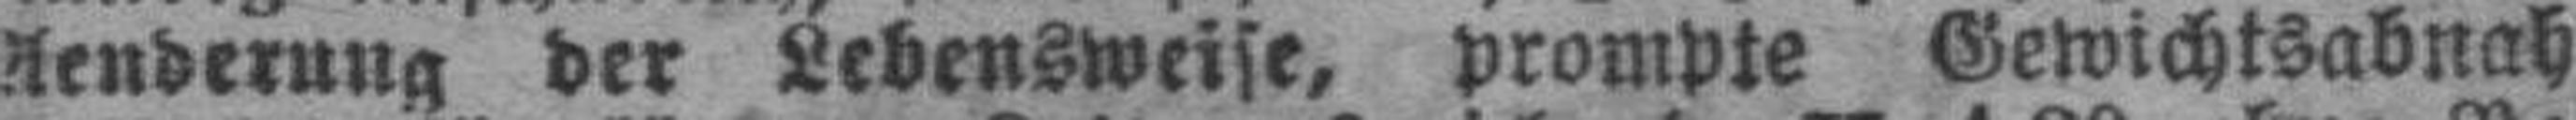
Aenderung der Lebensweise, prompte Gewichtsabnah###